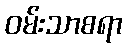
ဝမ်းသာစရာ